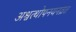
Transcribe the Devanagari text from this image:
अश्वत्थोपनयनव्रत